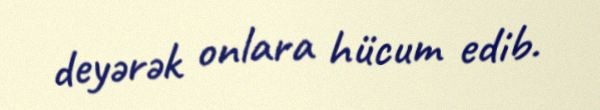
deyərək onlara hücum edib.